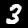
Label: 3